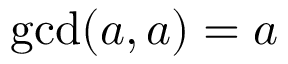
\operatorname* { g c d } ( a , a ) = a